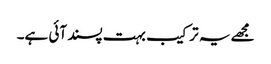
مجھے یہ ترکیب بہت پسند آئی ہے۔